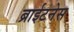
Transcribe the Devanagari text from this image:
ब्राईटनेस